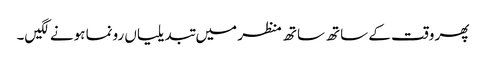
پھر وقت کے ساتھ ساتھ منظر میں تبدیلیاں رونما ہونے لگیں۔